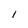
Character: l